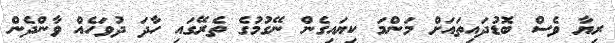
ރިޔާ ވެސް ބޮޑުދައިތައަށް މަންމަ ކިޔައިގެން ނޭގުމުގެ ތެރޭގައި ހާދަ ދުވަހެއް ވާންދެން